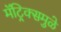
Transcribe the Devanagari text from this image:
मॅट्रिक्समुळे